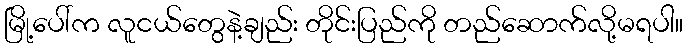
မြို့ပေါ်က လူငယ်တွေနဲ့ချည်း တိုင်းပြည်ကို တည်ဆောက်လို့မရပါ။